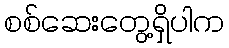
စစ်ဆေးတွေ့ရှိပါက